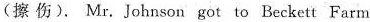
(擦伤), Mr.Johnson got to Beckett Farm